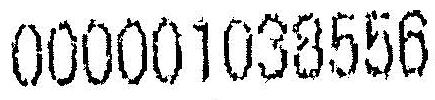
000001038556